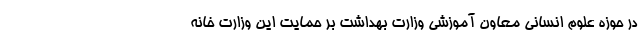
در حوزه علوم انسانی معاون آموزشی وزارت بهداشت بر حمایت این وزارت خانه